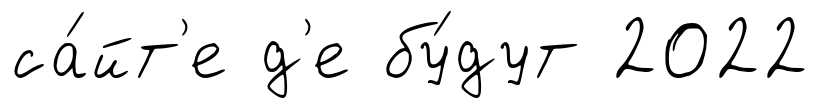
са́йт'е д'е бу́дут 2022